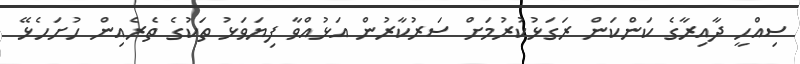
ސިއްހީ ދާއިރާގެ ކަންކަން ރަގަޅުކުރުމަށް ސަރުކާރުން އަޅުއްވާ ފިޔަވަޅު ތަކުގެ ތެރެއިން ހުށަހެޅޭ